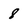
Character: 8